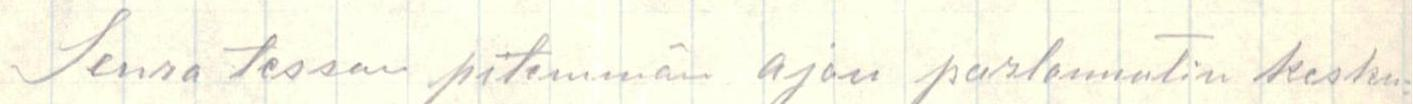
Seuratessan pitemmän ajan parlamentin kesku=